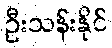
ဦးသန်းနိုင်